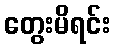
တွေးမိရင်း